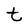
Character: t